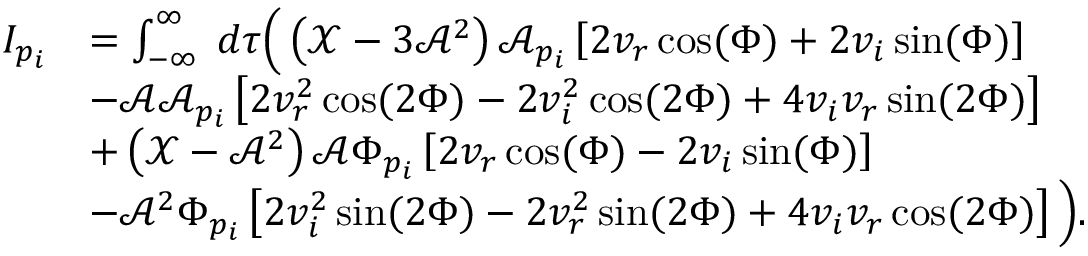
\begin{array} { r l } { I _ { p _ { i } } } & { = \int _ { - \infty } ^ { \infty } \; d \tau \Big ( \left( \mathcal { X } - 3 \mathcal { A } ^ { 2 } \right) \mathcal { A } _ { p _ { i } } \left[ 2 v _ { r } \cos ( \Phi ) + 2 v _ { i } \sin ( \Phi ) \right] } \\ & { - \mathcal { A } \mathcal { A } _ { p _ { i } } \left[ 2 v _ { r } ^ { 2 } \cos ( 2 \Phi ) - 2 v _ { i } ^ { 2 } \cos ( 2 \Phi ) + 4 v _ { i } v _ { r } \sin ( 2 \Phi ) \right] } \\ & { + \left( \mathcal { X } - \mathcal { A } ^ { 2 } \right) \mathcal { A } \Phi _ { p _ { i } } \left[ 2 v _ { r } \cos ( \Phi ) - 2 v _ { i } \sin ( \Phi ) \right] } \\ & { - \mathcal { A } ^ { 2 } \Phi _ { p _ { i } } \left[ 2 v _ { i } ^ { 2 } \sin ( 2 \Phi ) - 2 v _ { r } ^ { 2 } \sin ( 2 \Phi ) + 4 v _ { i } v _ { r } \cos ( 2 \Phi ) \right] \Big ) . } \end{array}